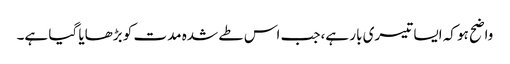
واضح ہو کہ ایسا تیسری بار ہے،جب اس طے شدہ مدت کو بڑھایا گیا ہے۔